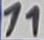
Text: 11